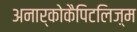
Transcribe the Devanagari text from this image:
अनार्कोकैपिटलिज़्म